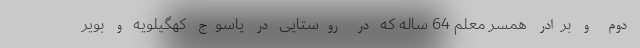
دوم و برادر همسر معلم 64 ساله که در روستایی در یاسوج کهگیلویه و بویر